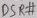
Text: DSR#